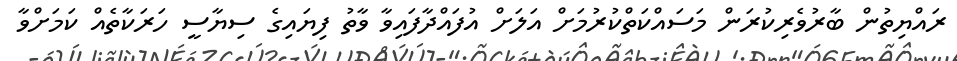
ރައްޔިތުން ބާރުވެރިކުރަން މަސައްކަތްކުރުމަށް އަލަށް އުފައްދާފައިވާ ވާތު ފިޔައިގެ ސިޔާސީ ހަރަކާތެއް ކަމަށްވާ